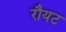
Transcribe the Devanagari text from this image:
रौयट